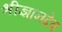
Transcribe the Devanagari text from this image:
श्रीज्ञानदेव